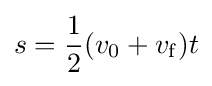
s={\frac {1}{2}}(v_{0}+v_{\rm {f}})t